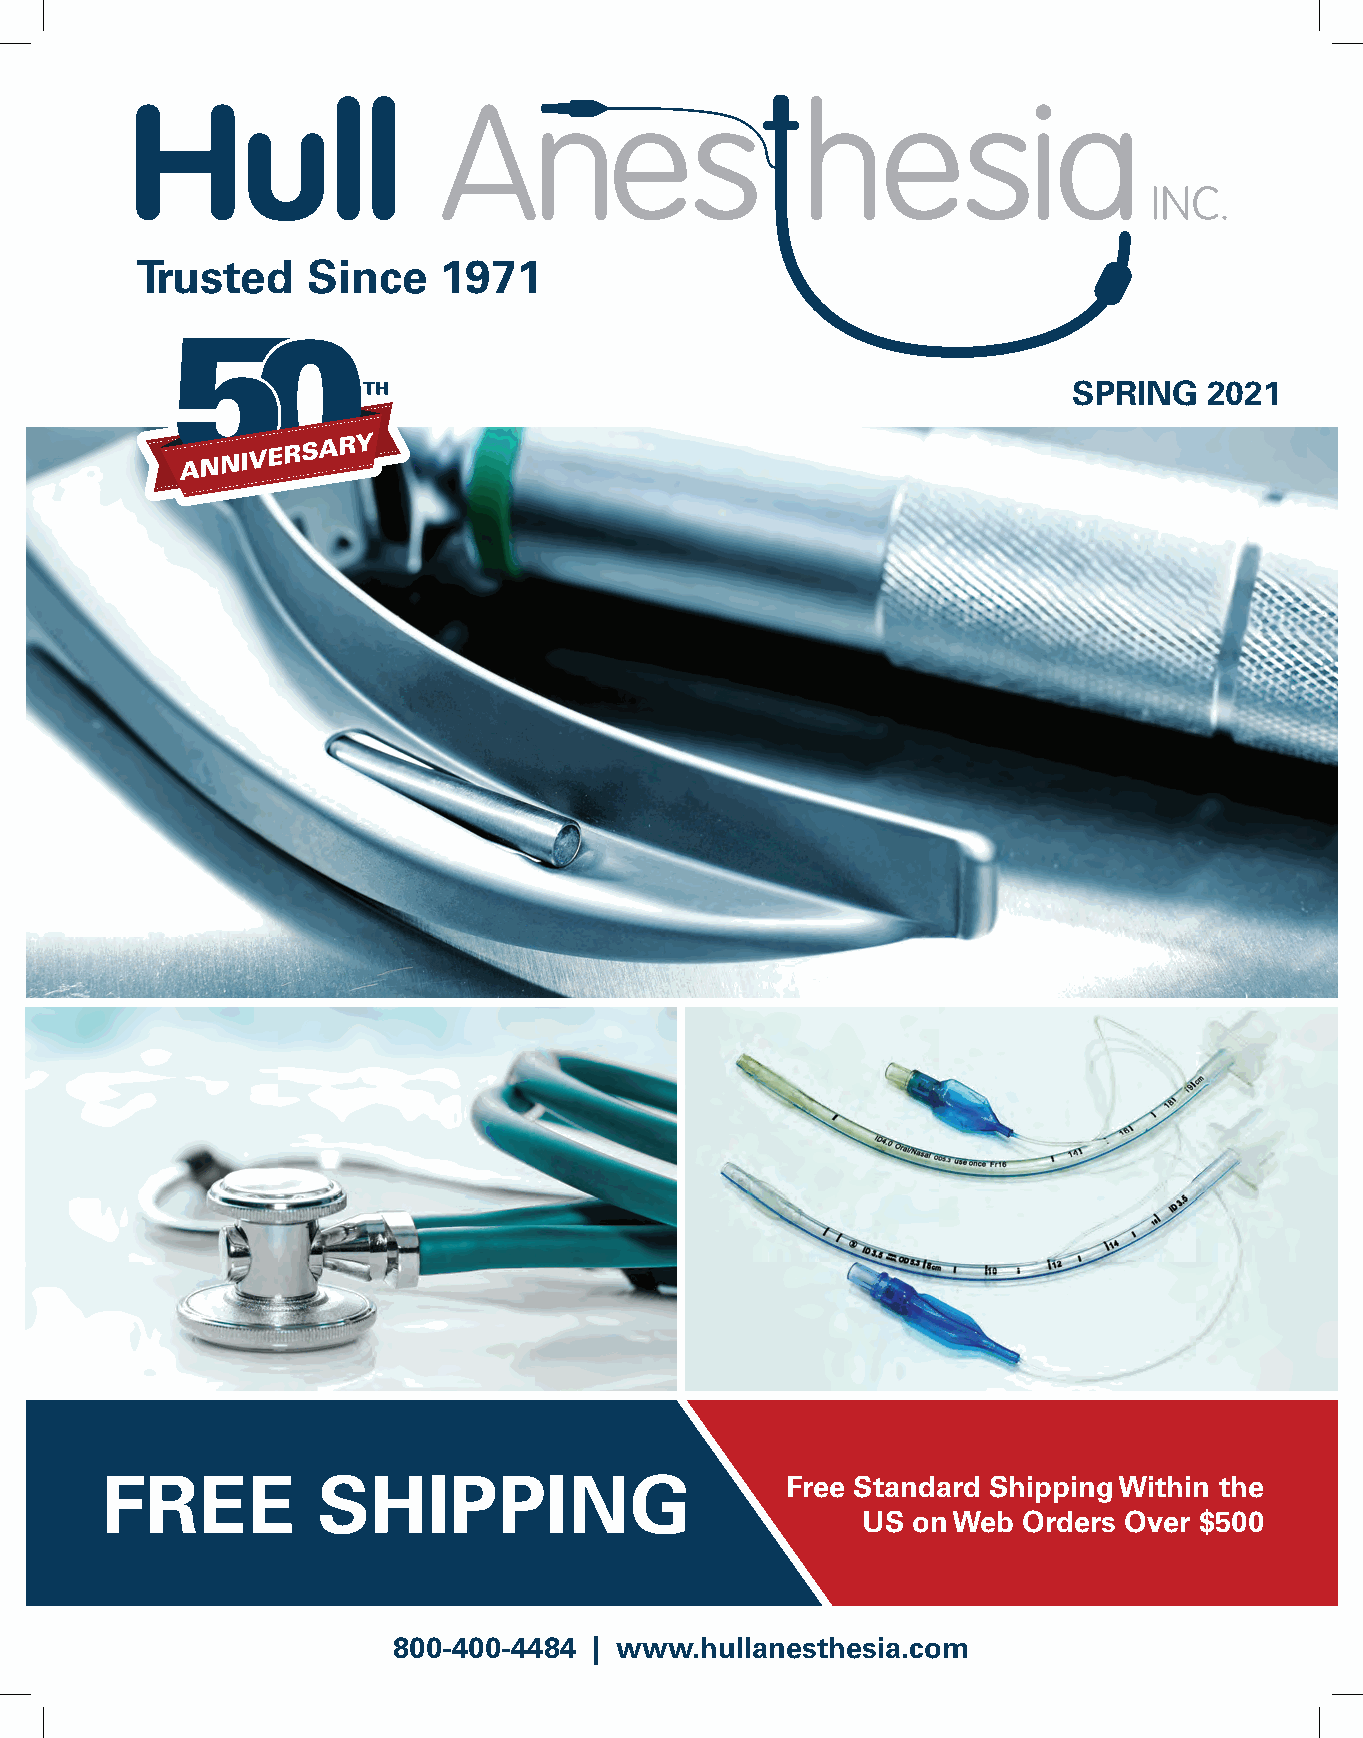
Trusted    Since    1971
 SPRING   2021
 FREE          SHIPPING                       Free Standard Shipping Within the
 US on Web  Orders Over $500
 800-400-4484 | www.hullanesthesia.com